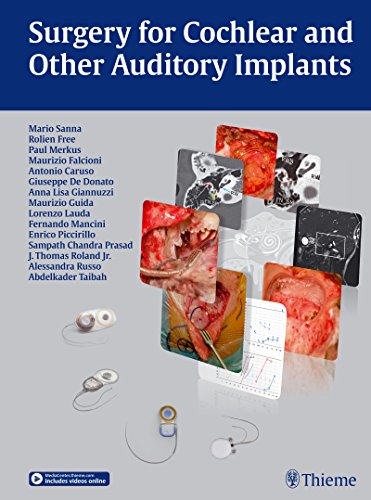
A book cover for Surgery for Cochlear and Other Auditory Implants; Mario Sanna; Medical Books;